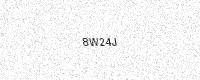
Text: 8W24J